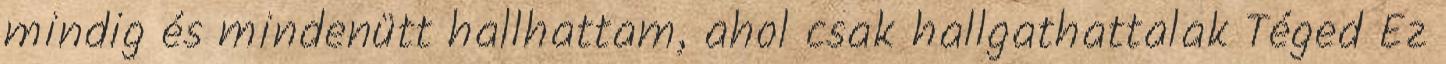
mindig és mindenütt hallhattam, ahol csak hallgathattalak Téged Ez